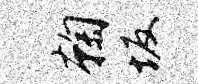
鞠坂